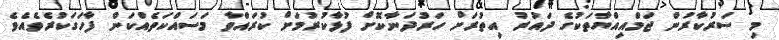
މި ސަރުކާރުން ޖަމްއިއްޔާތަކުގެ ދައުރު އިތުރަށް ހަރުދަނާކޮށް ފުޅާކުރުމަށް ކުރައްވާ މަސައްކަތެއްކަން ފާހަގަކުރެވެއެވެ